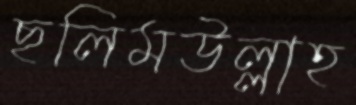
ছলিমউল্লাহ